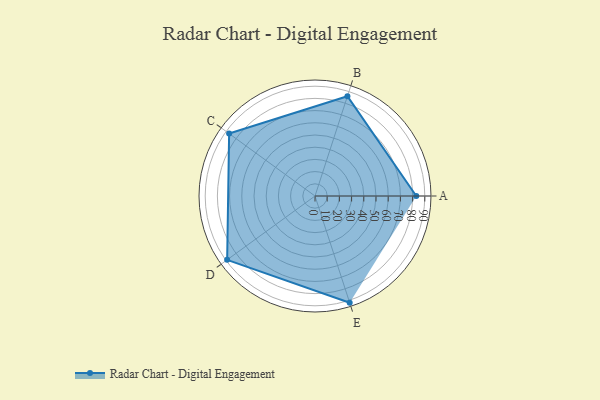
{"axis": {"x": "Skill", "y": "Score"}, "legend": ["Profile"], "data": [{"x": "A", "y": 83.0, "type": "Profile"}, {"x": "B", "y": 86.0, "type": "Profile"}, {"x": "C", "y": 87.0, "type": "Profile"}, {"x": "D", "y": 89.0, "type": "Profile"}, {"x": "E", "y": 92.0, "type": "Profile"}]}